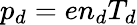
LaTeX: p_{d}=en_{d}T_{d}